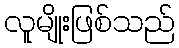
လူမျိုးဖြစ်သည်